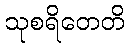
သုစရိတေတိ